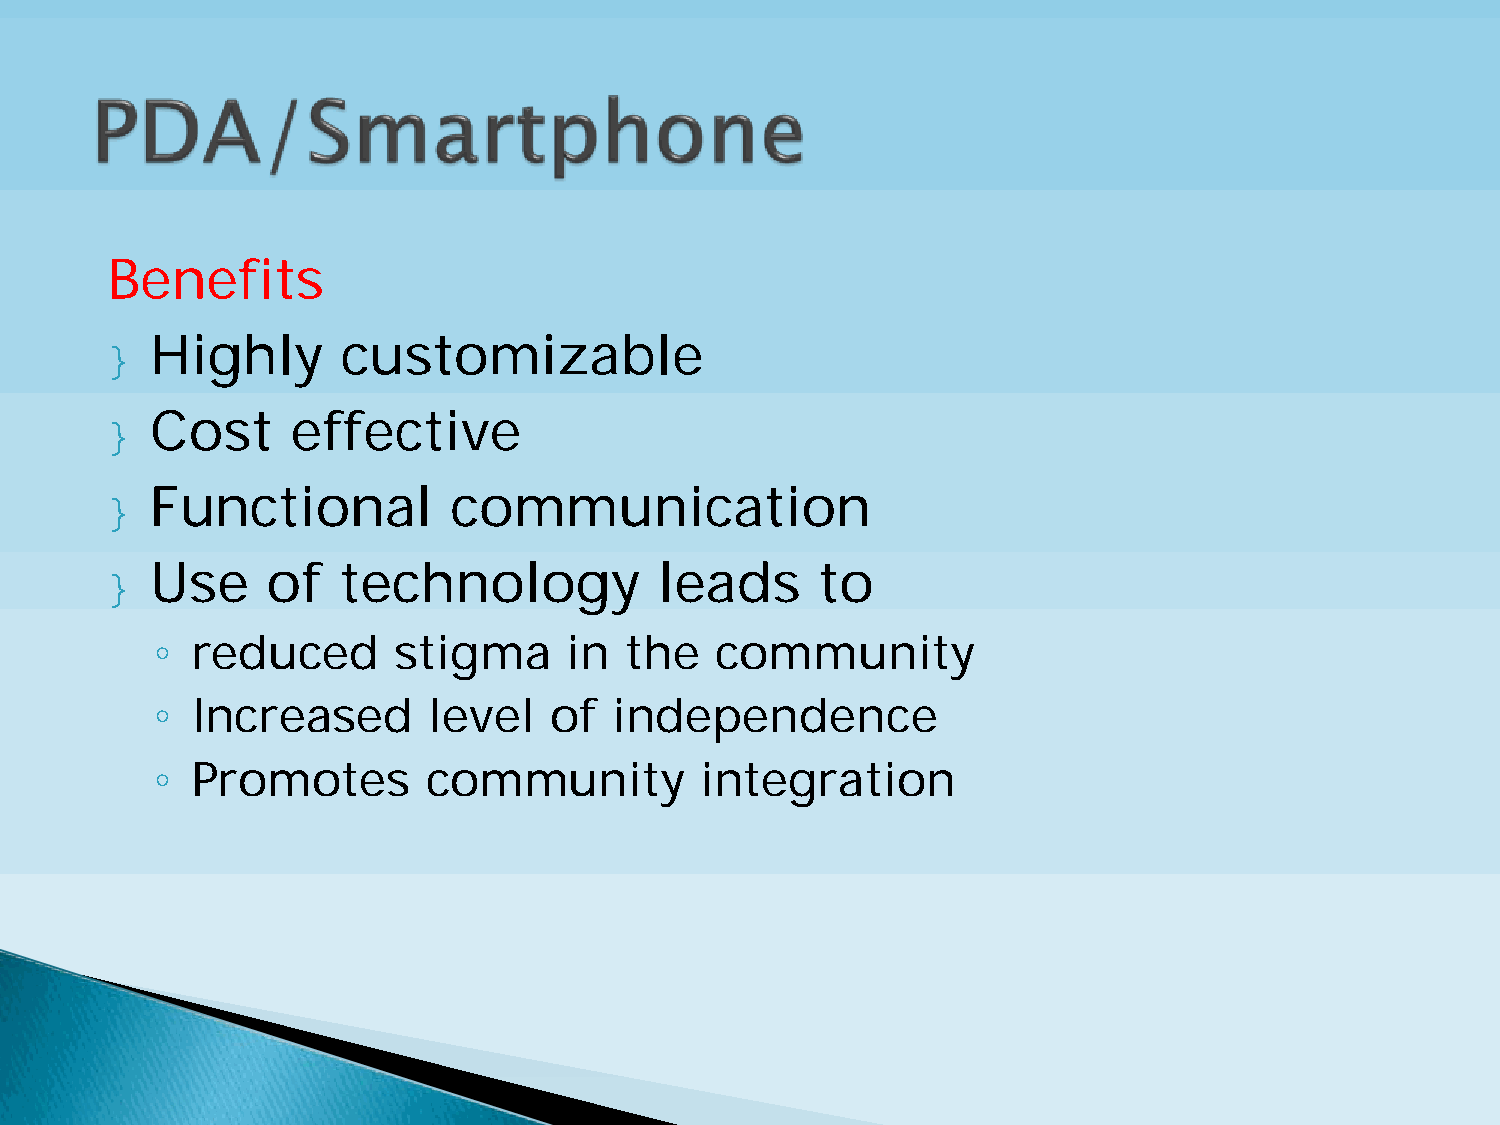
Benefits
 }  Highly       customizable
 }  Cost     effective
 }  Functional          communication
 }  Use     of  technology            leads     to
 ◦
 reduced      stigma      in the   community
 ◦
 Increased      level   of   independence
 ◦
 Promotes       community         integration